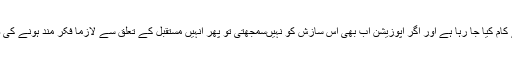
کانگریس کے نام پر اس ملک سے اپوزیشن جماعتوں کے ہی صفایہ کو یقینی بنانے کیلئے کام کیا جا رہا ہے اور اگر اپوزیشن اب بھی اس سازش کو نہیںسمجھتی تو پھر انہیں مستقبل کے تعلق سے لازما فکر مند ہونے کی ضرورت ہے جب انہیں خود بھی شائد اپنے وجود کا احساس دلانے میں مشکل پیش آئیگی ۔